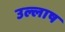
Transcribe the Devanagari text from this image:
उल्लाष